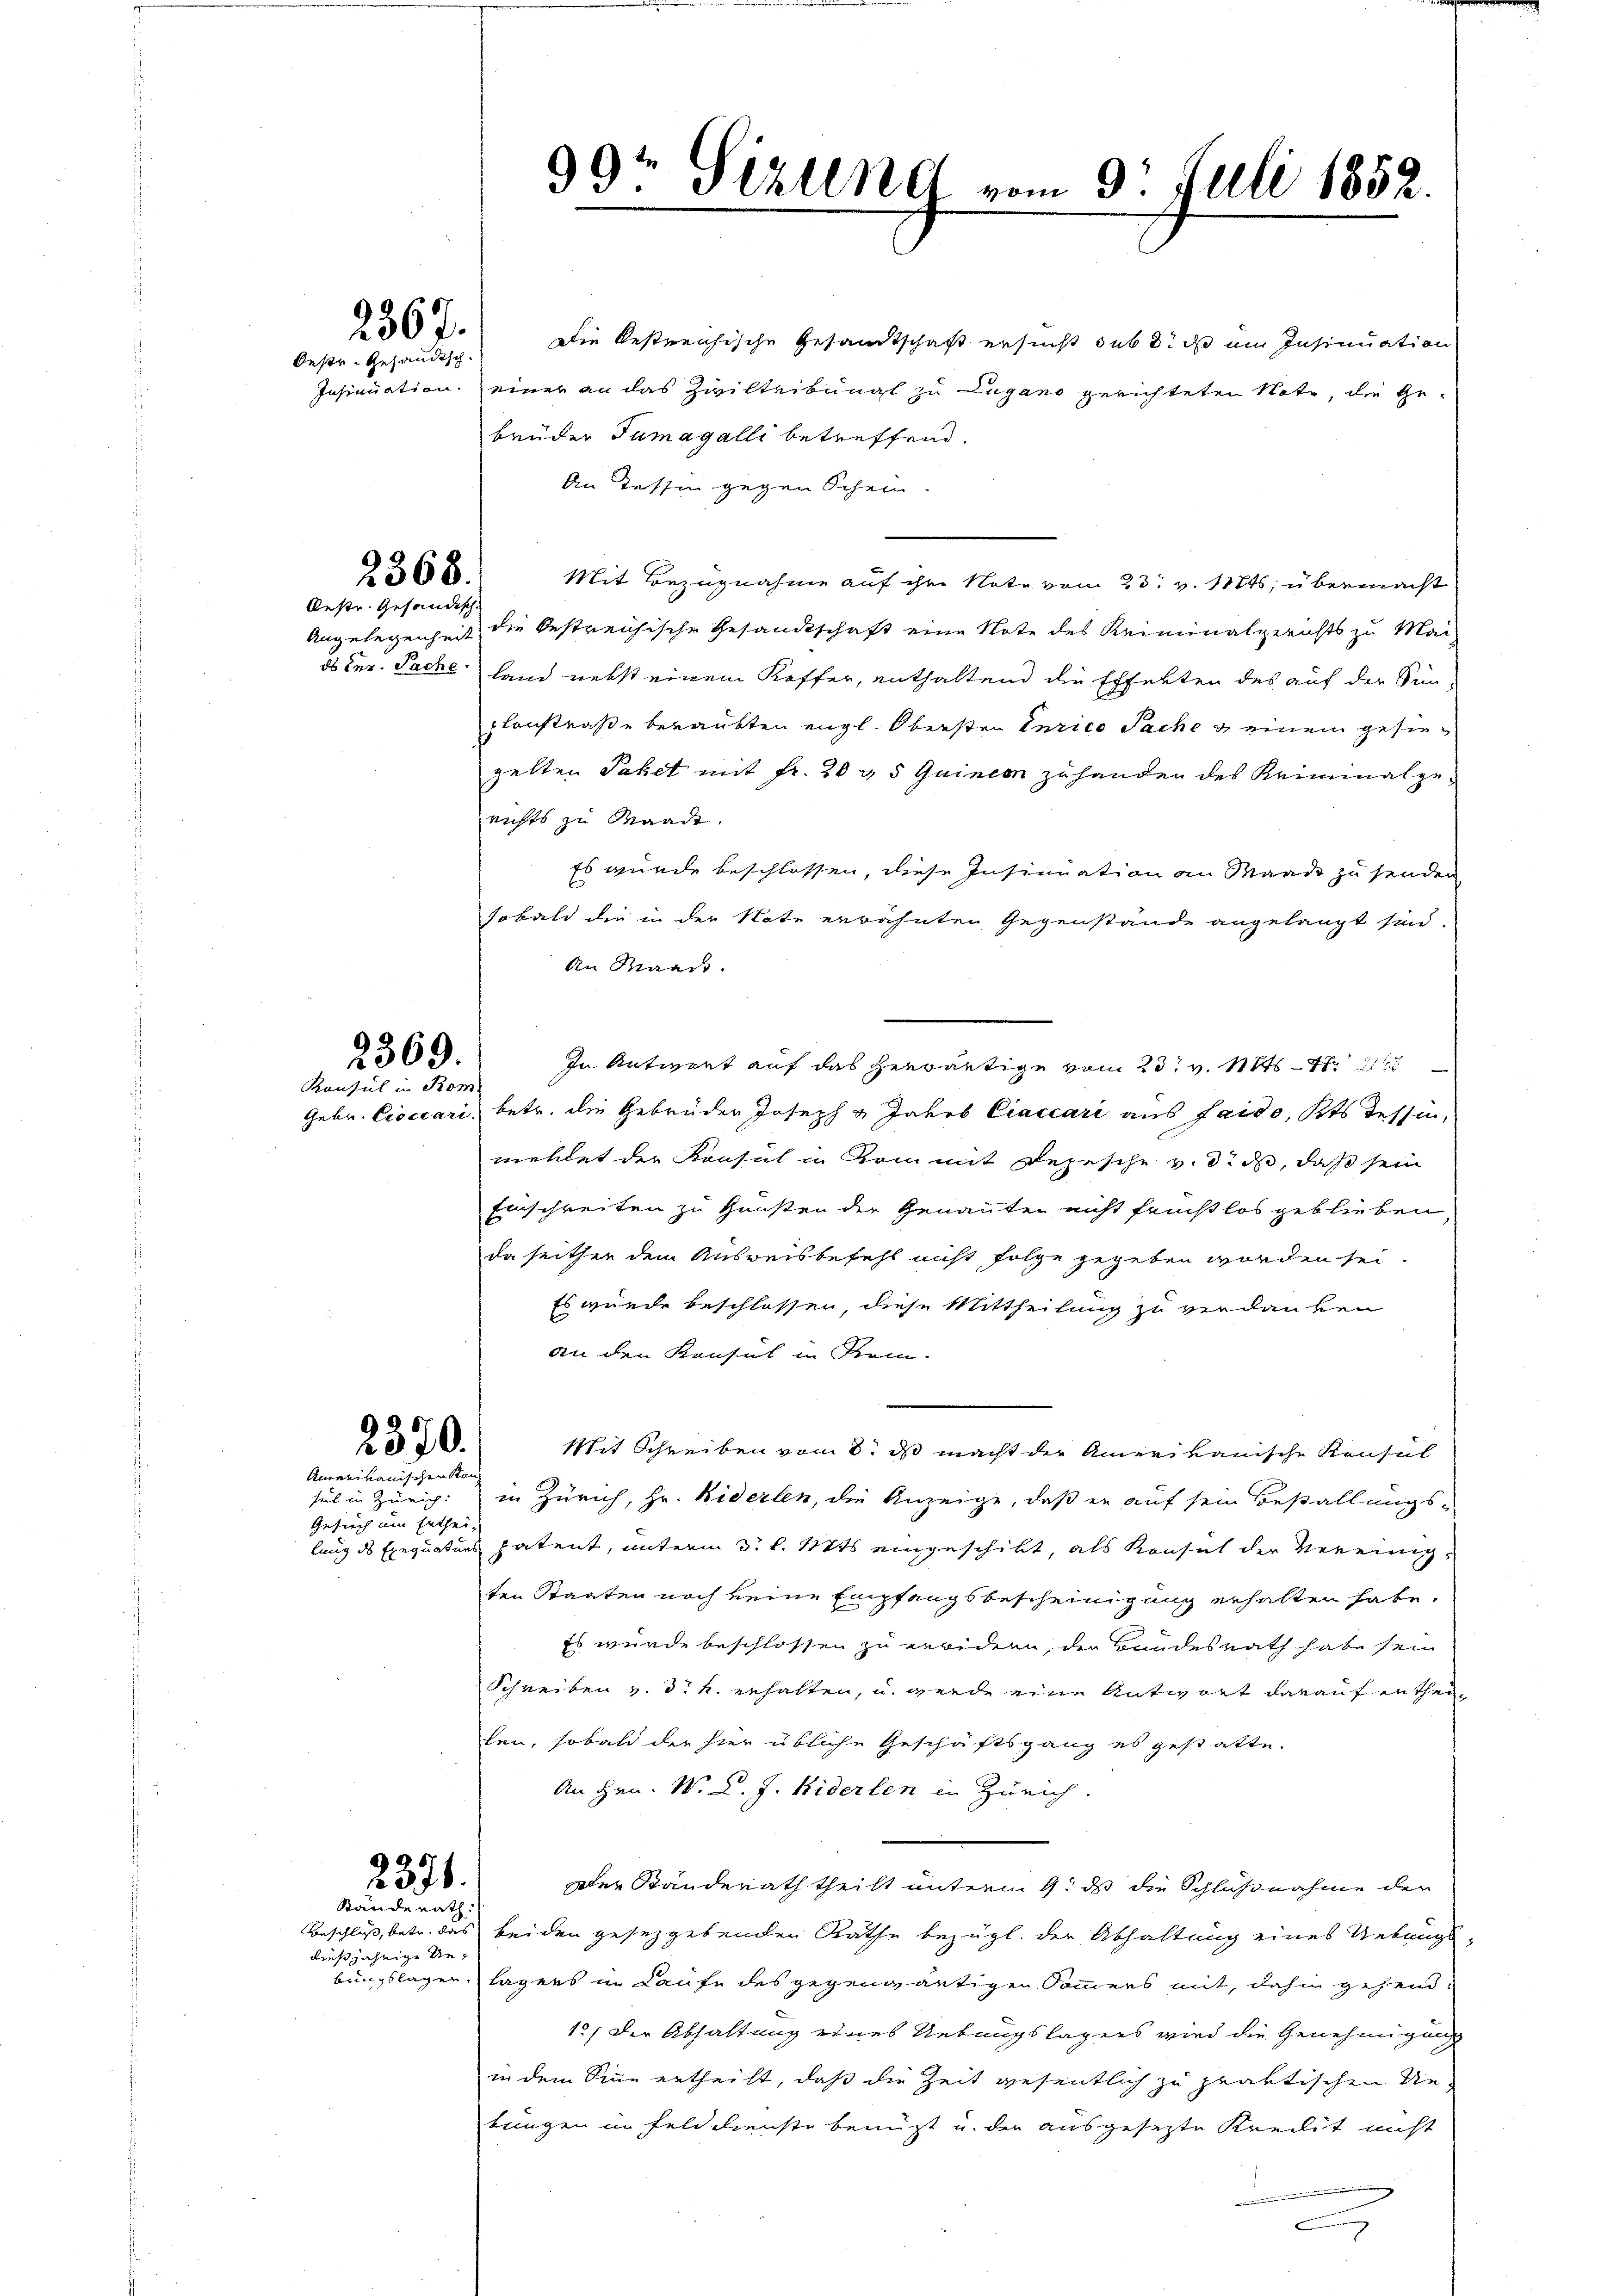
Oestr. Gesandtsch¬

2368.
Oestr. Gefändisch

2369.
Konsul in Kom

267. Die bestreichische Gesandtschaft ersucht sub 8. ds um Insinuation
Insinuation einer an das Zivilteibungs zu Lugano gerichteten Note, die Ge-
brüder Tamagalli betreffend.
An Tessin gegen Schein.
Mit Bezugnahme auf ihm Note vom 23. v. 1846; übermacht
Angelegenheit die bestreichische Gesandtschaft eine Note des Kriminalgerichts zu Mai
ds der Sache land nebst einem Koffer, enthaltend die Effekten des auf der Sin-
plonstraße beraubten engl. Obersten Curico Sache & einem gesiegelten Paket mit Fr. 20 & 5 Quinen zuhanden des Kriminalgerichts zu Waadt.
Es wurde beschlossen, diese Insinuation an Mande zu senden,
sobald die in der Note erwähnten Gegenstände angelangt sind.
An Staat
In Antwort auf das herwärtige vom 23t v. Mts. 41. 1
Gebr. Cioccari, betr. die Gebrüder Joseph & Jakob Craccari aus faido, Kts Tessin,
wehlet der Konsul in kam mit Depesche v. di ds, daß sein
Einschreiten zu Gunsten der Genannten nicht fristlos geblieben,
da seither dem Ausweisbefehl nicht folge gegeben worden sei.
Es wurde beschlossen, diese Mittheilung zu verdanken
an den Konsul in Krem.
Mit Schreiben vom 8. ds macht der Amerikanische Konsul
sel in Zürich: in Zürich, Hr. Riderlen, die Anzeige, daß er auf sein Bestallungs-
lung des Exequaturs patent, unterm 3. l. Mts eingeschikt, als Konsul der Vereinigten Staaten noch keine Empfangsbescheinigung erhalten habe,
Es wurde beschlossen zu erwidern, der Bundesrath habe sein
Schreiben v. 3. k. erhalten, u. werde eine Antwort darauf enthauten, sobald der hier übliche Geschäftsgang es gestatte.
An Hrn. N. K. J. Widerlen in Zürich.
Der Standerath theilt unterm 9. ds die Schlußnahme der
Beschluß, betr. das beiden gesetzgebenden Rathe bezügl. der Abhaltung eines Uebungs-
bungslagen lagens in Laufe des gegenwärtigen Sommers mit, dahin gehend:
1.) Der Abhaltung eines Uebungslagers wird die Genehmigung
in dem Sinne ertheilt, daß die Zeit wesentlich zu praktischen Ue-
tungen in Felddienste benützt u. der ausgesezte Kreilit nicht
e

2370.

Amerikanischen Kan¬
Gesuch um Enthei-

2376.
Ständerath

dießjährige Ue¬

99t Sizlend vom 9. Juli 1852.